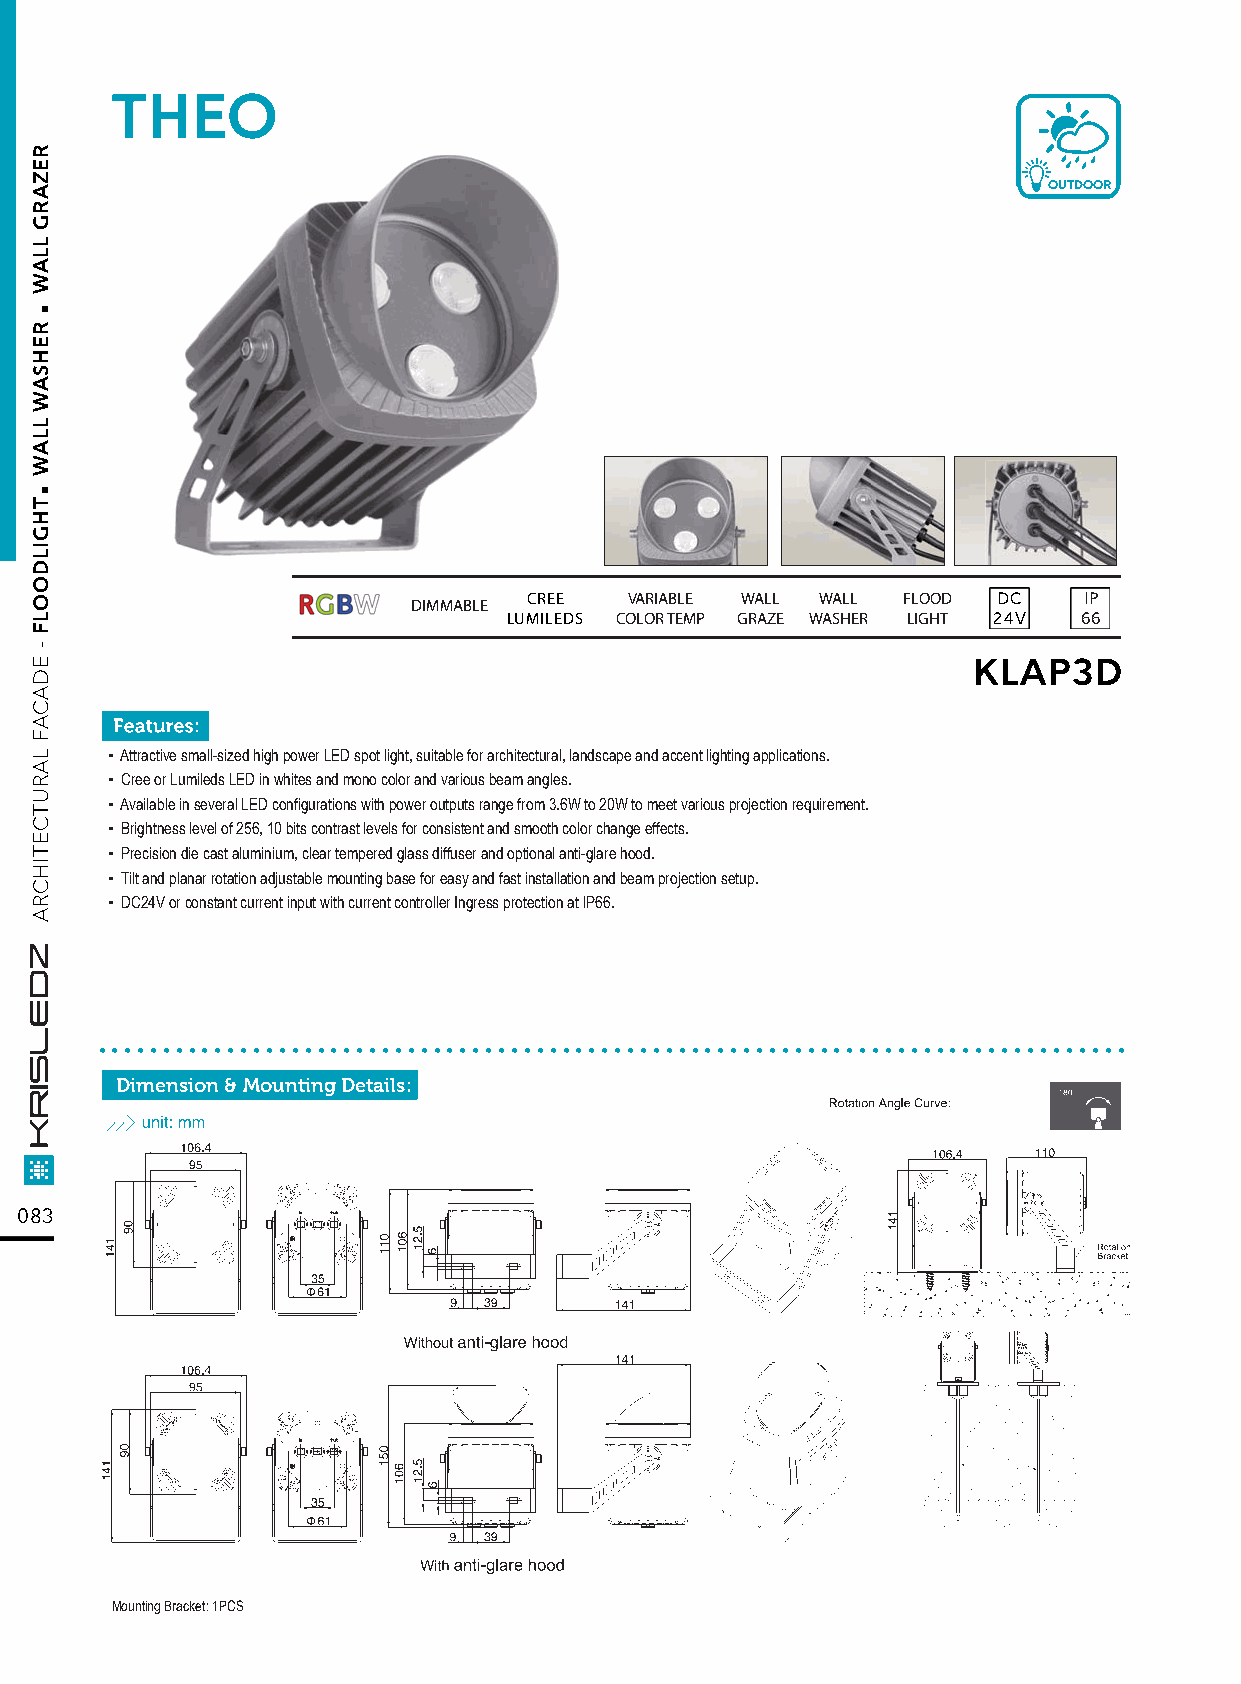
THEO
 OUTDOOR
 CREE   VARIABLE WALL WALL FLOOD DC   IP
 DIMMABLE
 LUMILEDS COLOR TEMP GRAZE WASHER LIGHT 24V 66
 KLAP3D
 ▪ Attractive small-sized high power LED spot light, suitable for architectural, landscape and accent lighting applications.
 ▪ Cree or Lumileds LED in whites and mono color and various beam angles.
 ▪ Available in several LED configurations with power outputs range from 3.6W to 20W to meet various projection requirement.
 ▪ Brightness level of 256, 10 bits contrast levels for consistent and smooth color change effects.
 ▪ Precision die cast aluminium, clear tempered glass diffuser and optional anti-glare hood.
 ▪ Tilt and planar rotation adjustable mounting base for easy and fast installation and beam projection setup.
 ▪ DC24V or constant current input with current controller Ingress protection at lP66.
 ................................................................................
 Dimension & Mounting Details:
 083
 MMoouunnttiinngg BBrraacckkeett:: 11PPCCSS
 .
 .
 REZARG
 LLAW
 REHSAW
 LLAW
 THGILDOOLF
 -
 EDACAF
 LARUTCETIHCRA